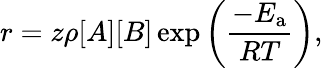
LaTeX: r=z\rho[A][B]\exp\left({\frac{-E_{\mathrm{a}}}{RT}}\right),